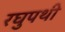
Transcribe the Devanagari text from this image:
रघुपथी